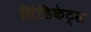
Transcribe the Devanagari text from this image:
सिंडिकेट्स